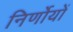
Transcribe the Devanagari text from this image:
निर्णोयों